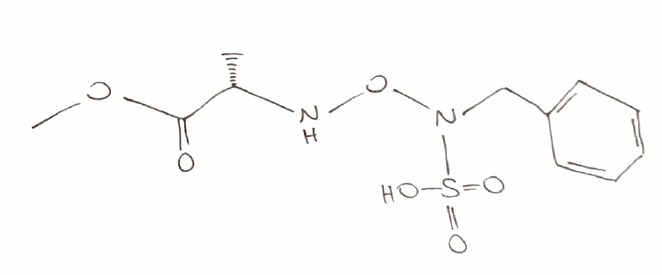
Simplified molecular-input line-entry system (SMILES) notation of the given molecule:
C[C@@H](C(=O)OC)NON(CC1=CC=CC=C1)S(=O)(=O)O